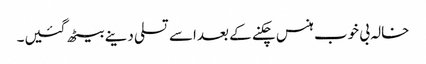
خالہ بی خوب ہنس چکنے کے بعداسے تسلی دینے بیٹھ گئیں۔